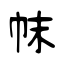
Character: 帓